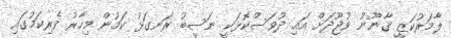
ލާމަރުކަޒީ ޤާނޫނު ވުޖޫދަށް އައި ދުވަސްކޮޅަކީ ނަސީބު ރަނގަޅު ކަމުން މިހާރު ވެރިކަމުގައި